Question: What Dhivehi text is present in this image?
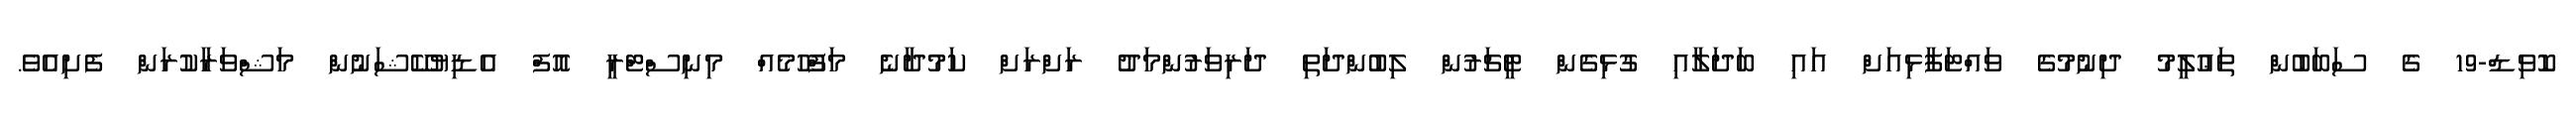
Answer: ކޮވިޑް-19 ގެ ސަބަބުން ތަޢުލީމު ދިނުމުގެ ވައްޓަފާޅިއަށް އައި ބަދަލާއި ގުޅިގެން ޓީޗަރުން ލިބުންދަތި ދަރިވަރުންމަދު ރަށްރަށް ކަމުދާނެ މަފްހޫމެއް މިނިސްޓްރީ އޮފް އެޑިޔުކޭޝަނުން މަޝްވަރާކުރަން ފެށިއެވެ.